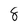
Character: 8